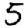
Digit: 5